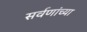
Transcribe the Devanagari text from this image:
सर्वणांच्या